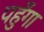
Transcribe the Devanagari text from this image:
पहुँगा